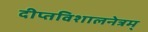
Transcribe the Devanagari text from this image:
दीप्तविशालनेत्रम्